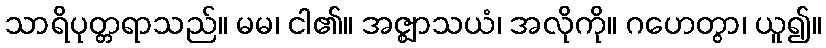
သာရိပုတ္တရာသည်။ မမ၊ ငါ၏။ အဇ္ဈာသယံ၊ အလိုကို။ ဂဟေတွာ၊ ယူ၍။